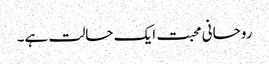
روحانی محبت ایک حالت ہے۔